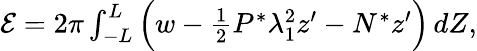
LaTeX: \begin{array}{r}{\mathcal{E}=2\pi\int_{-L}^{L}\Big(w-\frac{1}{2}{P^{*}}\lambda_{1}^{2}z^{\prime}-{N^{*}}z^{\prime}\Big)\, dZ,}\end{array}